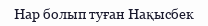
Нар болып туған Нақысбек